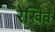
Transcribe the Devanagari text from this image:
रेखिव